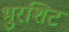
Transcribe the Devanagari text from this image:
भुरशिट